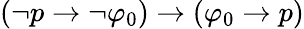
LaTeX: (\neg p\to\neg\varphi_{0})\to(\varphi_{0}\to p)